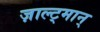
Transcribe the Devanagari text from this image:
ज़ाल्ट्मान्